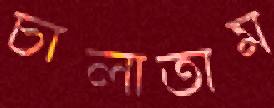
চালাতাম